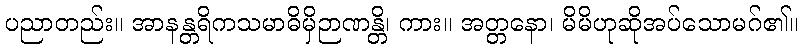
ပညာတည်း။ အာနန္တရိကသမာဓိမှိဉာဏန္တိ၊ ကား။ အတ္တနော၊ မိမိဟုဆိုအပ်သောမဂ်၏။